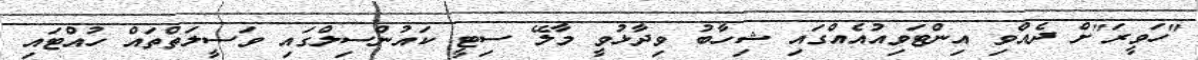
"ހަވީރަ"ށް ދެއްވި އިންޓަވިއުއެއްގައި ޝިހާބު ވިދާޅުވީ މާލޭ ސިޓީ ކައުންސިލްގައި ވަސީލަތްތައް ހުއްޓައި